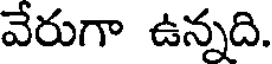
వేరుగా ఉన్నది.